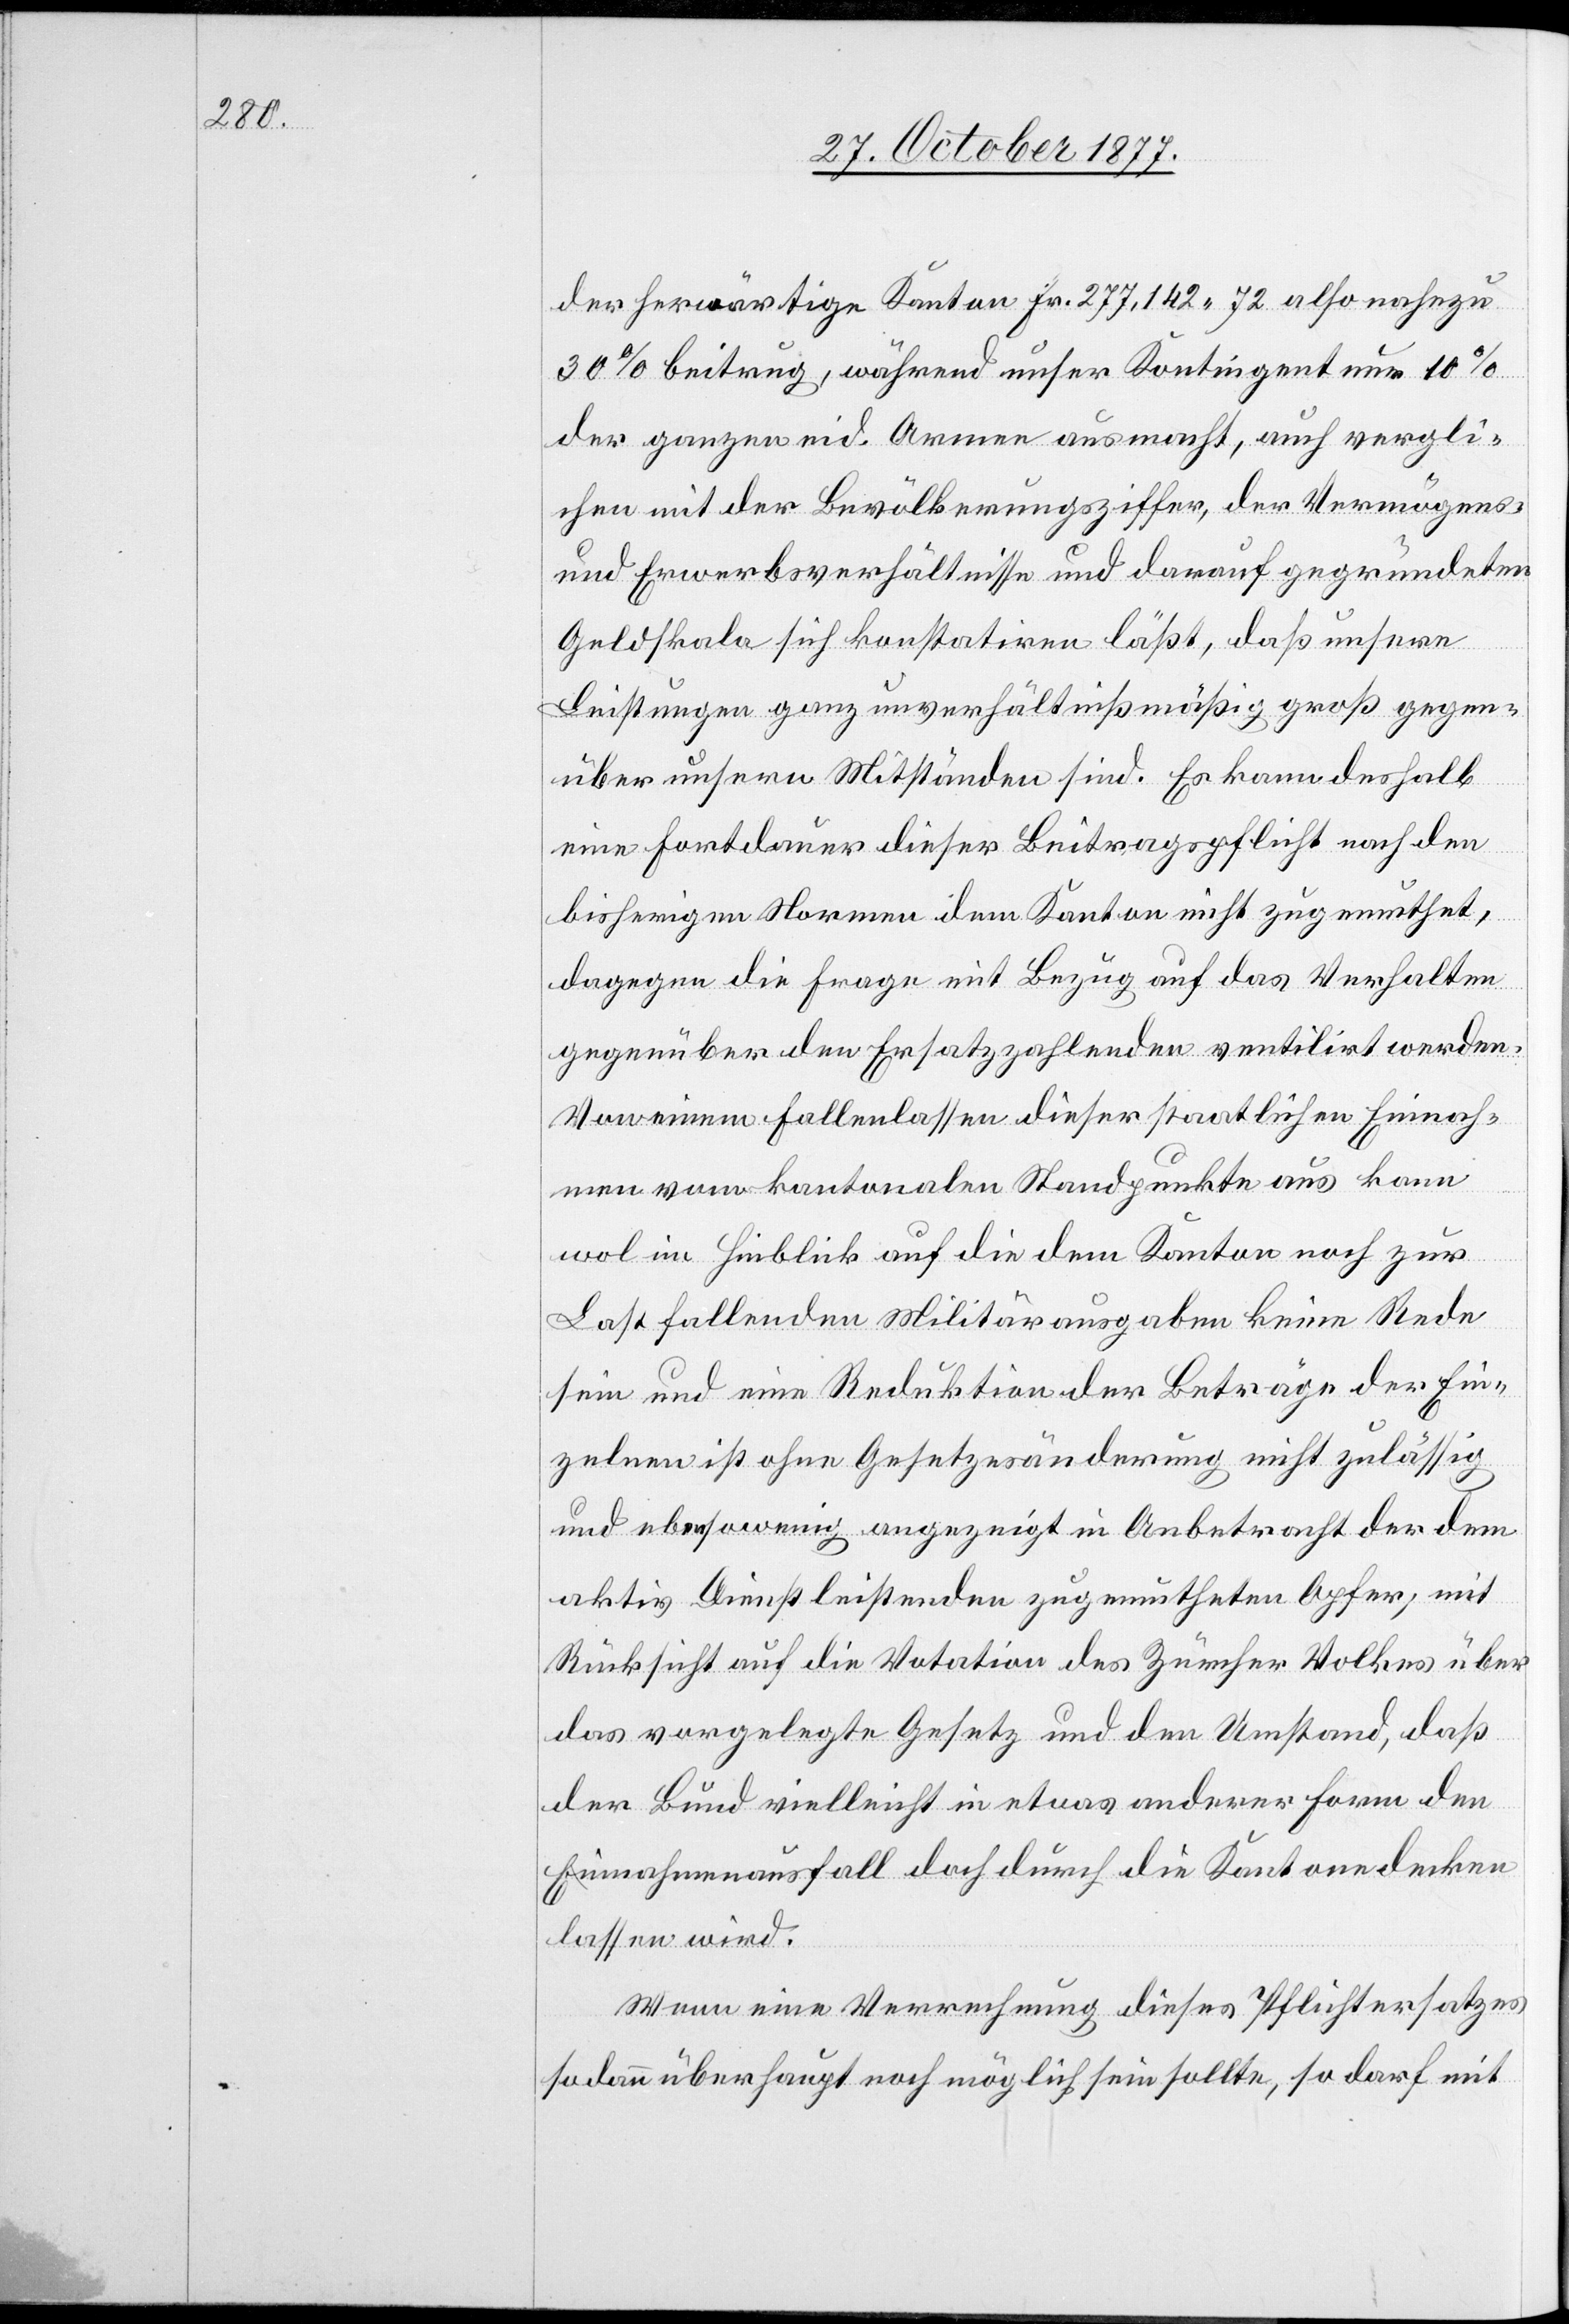
der herwärtige Kanton Fr. 277,142 72 also nahezu
30% beitrug, während unser Kontingent nur 10%
der ganzen eid. Armee ausmacht, auch vergli¬
chen mit der Bevölkerungsziffer, der Vermögens-
und Erwerbsverhältnisse und darauf gegründeten
Geldskala sich konstatiren läßt, daß unsere
Leistungen ganz unverhältnißmäßig groß gegen¬
über unsern Mitständen sind. Es kann deshalb
eine Fortdauer dieser Beitragspflicht nach den
bisherigen Normen dem Kanton nicht zugemuthet,
dagegen die Frage mit Bezug auf das Verhalten
gegenüber den Ersatzzahlenden ventilirt werden.
Von einem Fallenlassen dieser staatlichen Einnah¬
men vom kantonalen Standpunkte aus kann
wol im Hinblick auf die dem Kanton noch zur
Last fallenden Militärausgaben keine Rede
sein und eine Reduktion der Beträge der Ein¬
zelnen ist ohne Gesetzesänderung nicht zulässig
und ebensowenig angezeigt in Anbetracht der dem
aktiv Dienstleistenden zugemutheten Opfer; mit
Rücksicht auf die Votation des Zürcher Volkes über
das vorgelegte Gesetz und den Umstand, daß
der Bund vielleicht in etwas anderer Form den
Einnahmenausfall doch durch die Kantone decken
lassen wird.
Wenn eine Verrechnung dieses Pflichtersatzes
sodann überhaupt noch möglich sein sollte, so darf mit